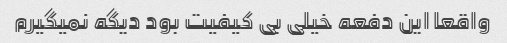
واقعا این دفعه خیلی بی کیفیت بود دیگه نمیگیرم